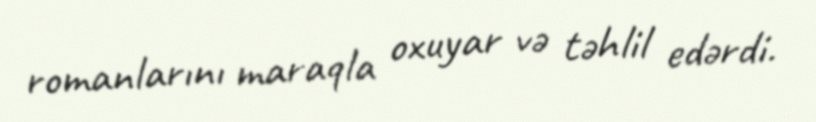
romanlarını maraqla oxuyar və təhlil edərdi.